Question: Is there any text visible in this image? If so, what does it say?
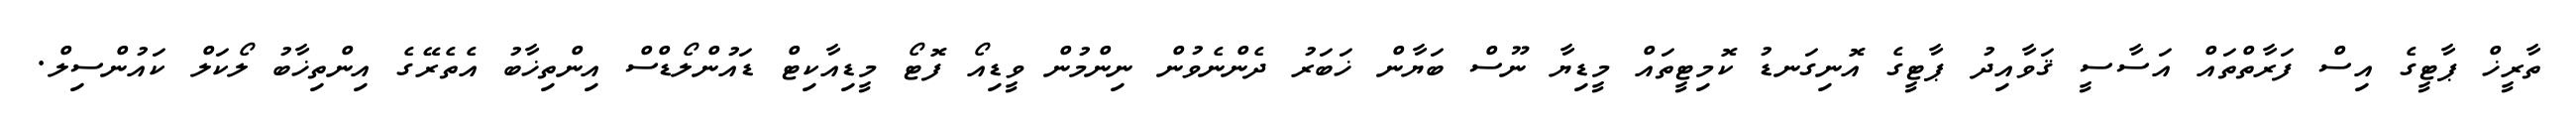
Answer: ތާރީޚް ޕާޓީގެ އިސް ފަރާތްތައް އަސާސީ ޤަވާއިދު ޕާޓީގެ އޮނިގަނޑު ކޮމިޓީތައް މީޑިޔާ ނޫސް ބަޔާން ޚަބަރު ދެންނެވުން ނިންމުން ވީޑިއޯ ފޮޓޯ މީޑިއާކިޓް ޑައުންލޯޑްސް އިންތިޚާބު އެތެރޭގެ އިންތިޚާބު ލޯކަލް ކައުންސިލް.